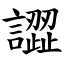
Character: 譅